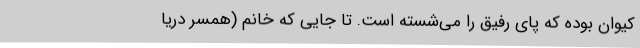
کیوان بوده که پای رفیق را می‌شسته است. تا جایی که خانم (همسر دریا